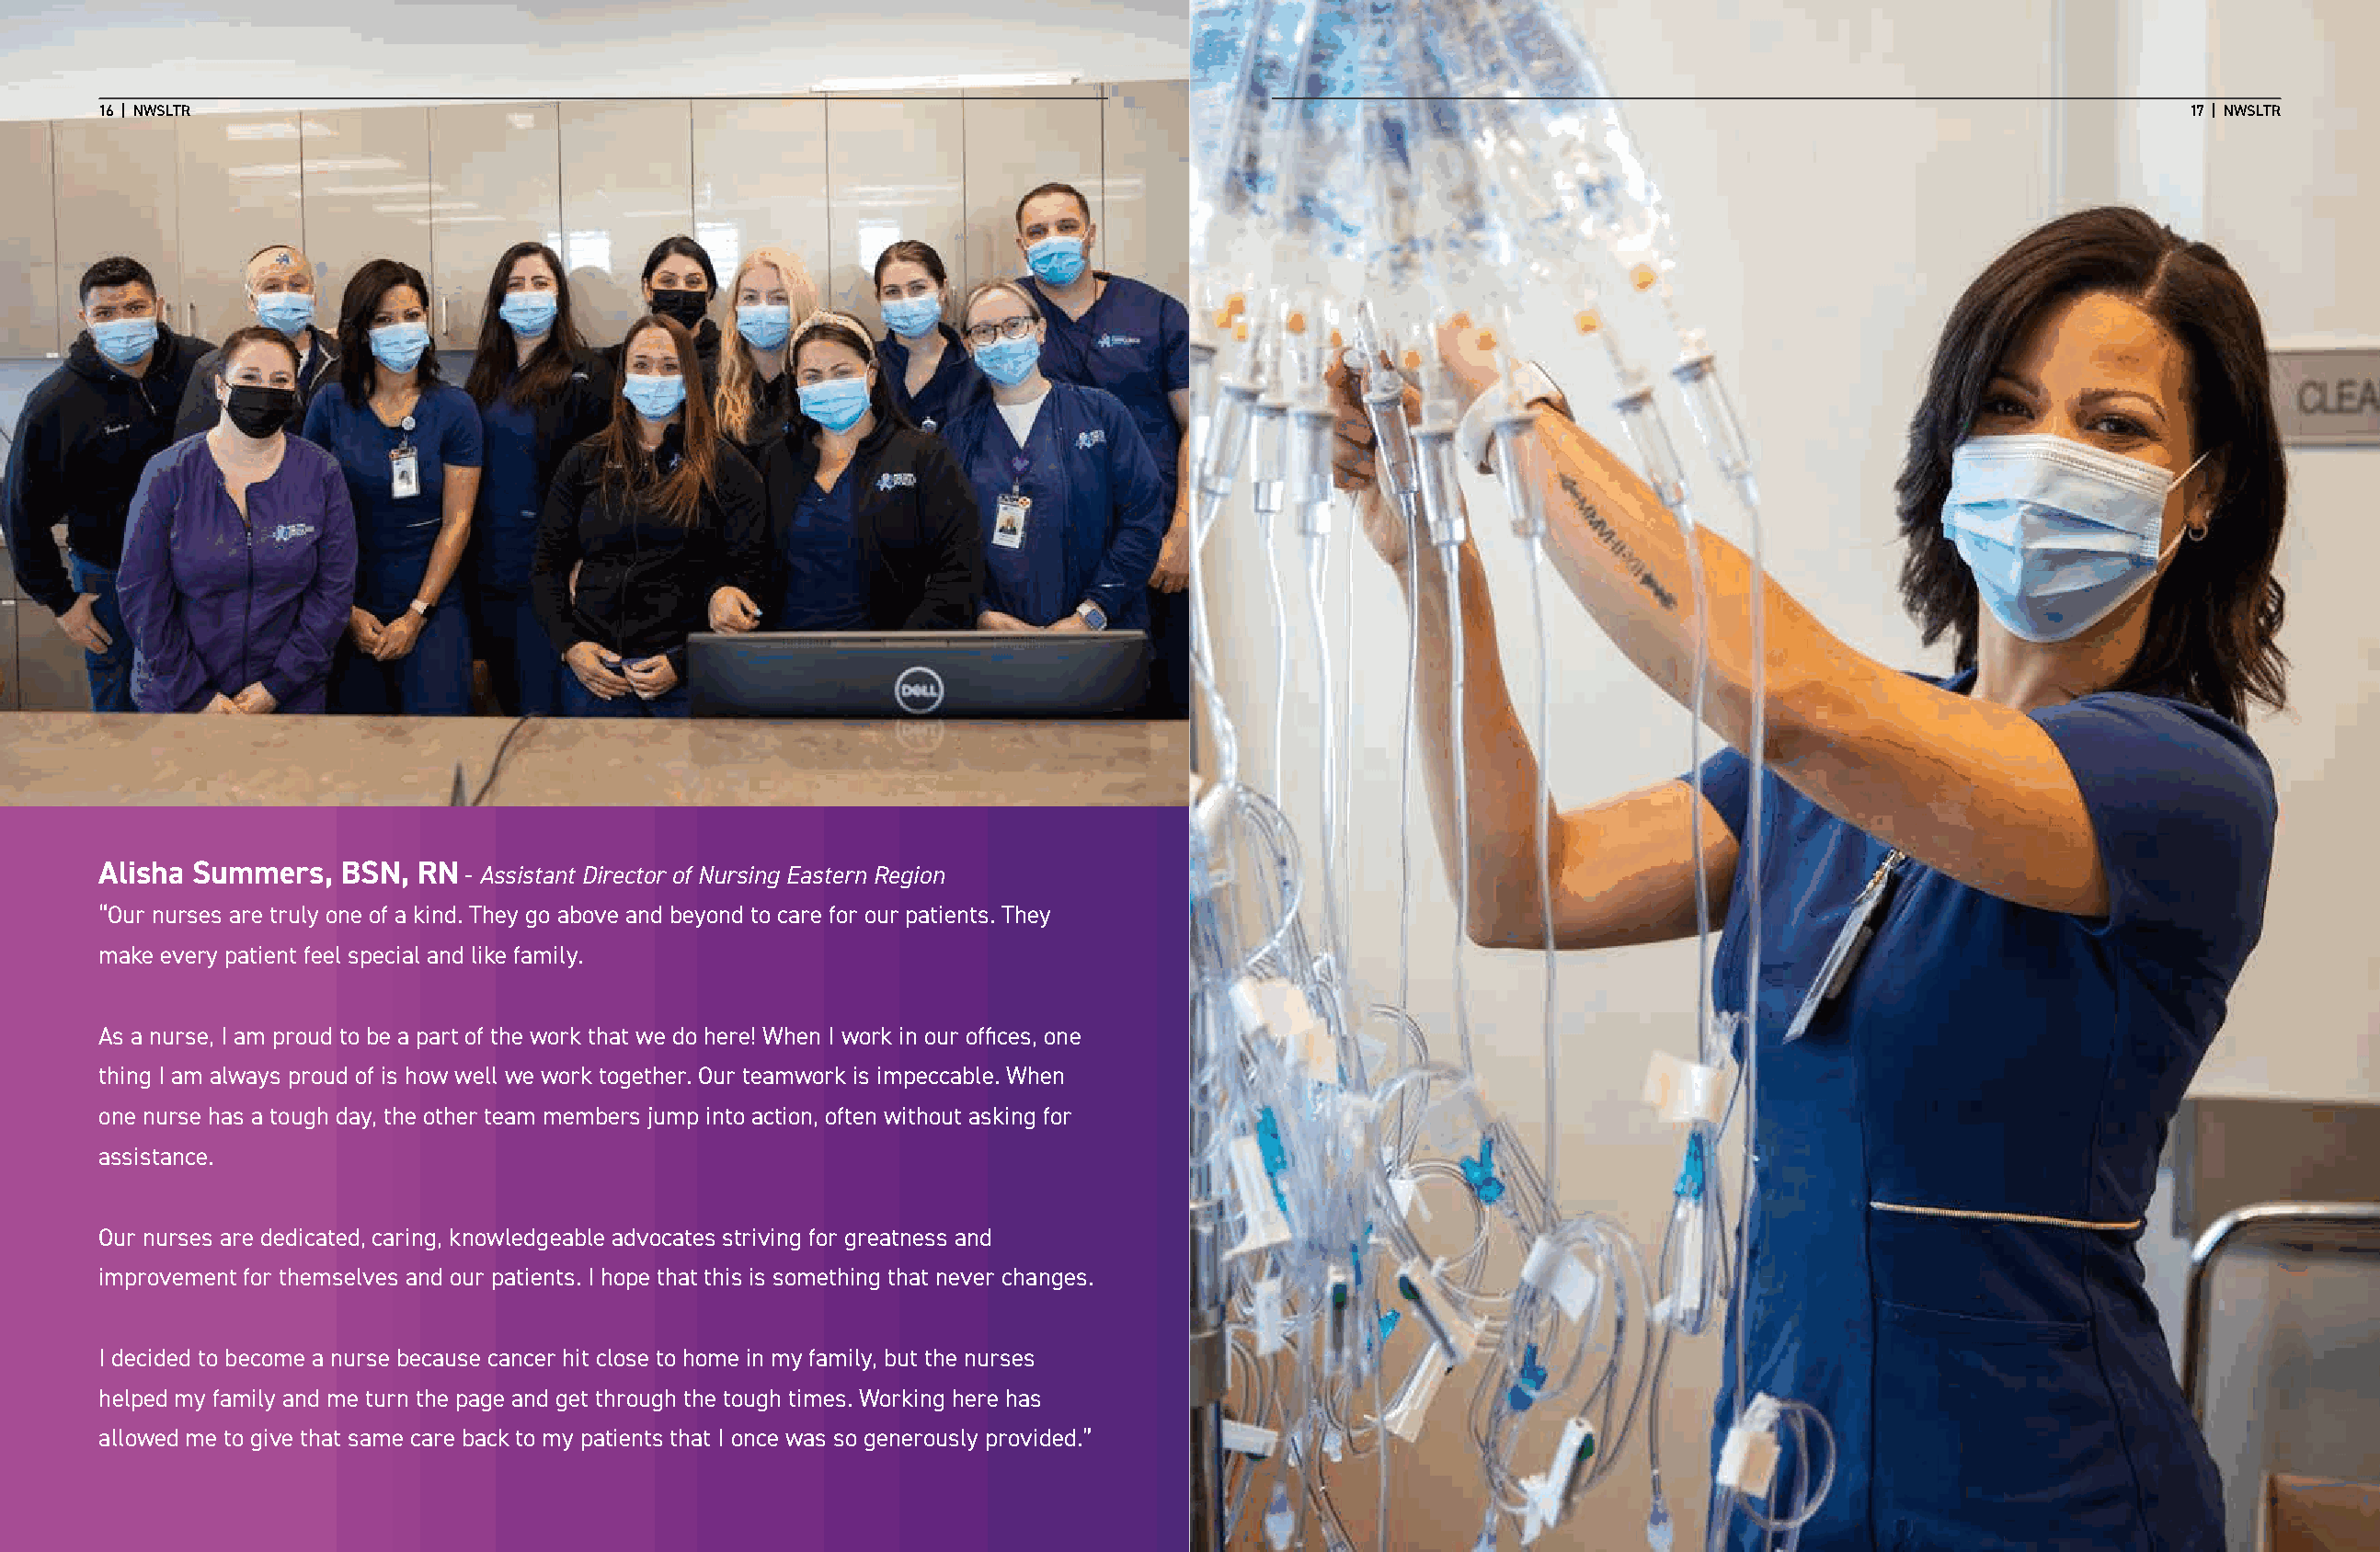
1166 || NNWWSSLLTTRR                                                                                                                                   1177 || NNWWSSLLTTRR
 Alisha Summers,   BSN, RN - Assistant Director of Nursing Eastern Region
 “Our nurses are truly one of a kind. They go above and beyond to care for our patients. They
 make every patient feel special and like family.
 As a nurse, I am proud to be a part of the work that we do here! When I work in our offices, one
 thing I am always proud of is how well we work together. Our teamwork is impeccable. When
 one nurse has a tough day, the other team members jump into action, often without asking for
 assistance.
 Our nurses are dedicated, caring, knowledgeable advocates striving for greatness and
 improvement for themselves and our patients. I hope that this is something that never changes.
 I decided to become a nurse because cancer hit close to home in my family, but the nurses
 helped my family and me turn the page and get through the tough times. Working here has
 allowed me to give that same care back to my patients that I once was so generously provided.”